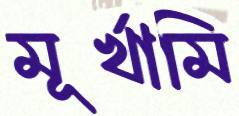
মূর্খামি